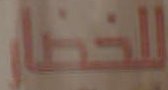
للخضار